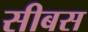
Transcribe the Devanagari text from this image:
सीबस